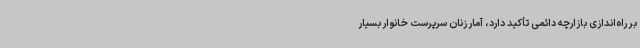
بر راه‌اندازی بازارچه دائمی تأکید دارد، آمار زنان سرپرست خانوار بسیار